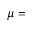
\mu =